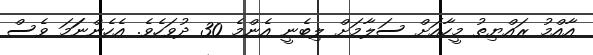
އާއްމު ރައްޔިތު މީހާއަށް ސަލާމަށް ލިބެނީ އެންމެ 30 ދުވަހެވެ. އެހެންނަަމަ ވެސް